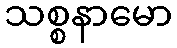
သစ္စနာမော